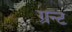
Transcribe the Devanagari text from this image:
ग्रन्ट